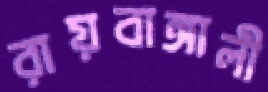
রায়বাঙ্গালী